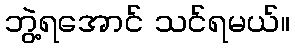
ဘွဲ့ရအောင် သင်ရမယ်။